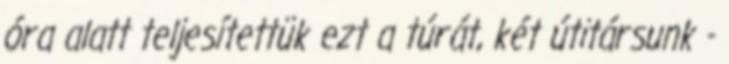
óra alatt teljesítettük ezt a túrát, két útitársunk -